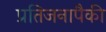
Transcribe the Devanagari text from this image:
प्रतिजनापैकी